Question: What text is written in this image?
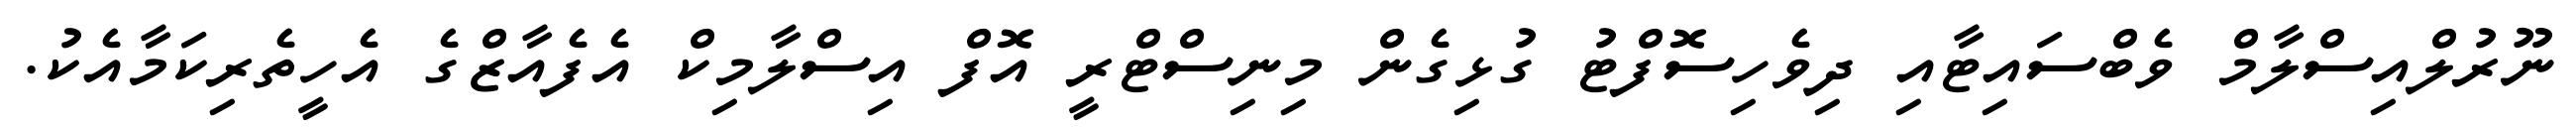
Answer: ނޫރުލްއިސްލާމް ވެބްސައިޓާއި ދިވެހިސޮފްޓު ގުޅިގެން މިނިސްޓްރީ އޮފް އިސްލާމިކް އެފެއާޒްގެ އެހީތެރިކަމާއެކު.